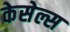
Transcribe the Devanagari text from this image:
केसेल्स